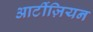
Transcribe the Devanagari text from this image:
आर्टीज़ियन